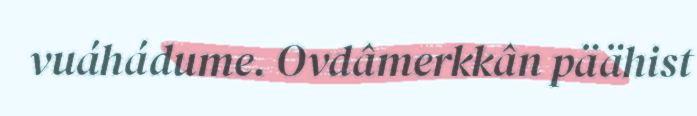
vuáhádume. Ovdâmerkkân päähist